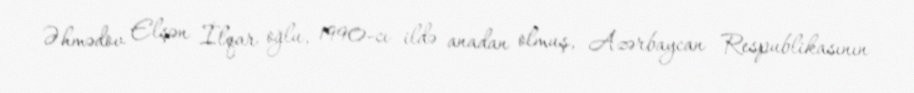
Əhmədov Elşən İlqar oğlu, 1990-cı ildə anadan olmuş, Azərbaycan Respublikasının